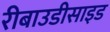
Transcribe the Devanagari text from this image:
रीबाउडीसाइड